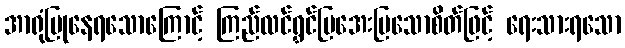
အာရုံပြုနေရသောကြောင့် ကြည်လင်ရွှင်ပြအေးမြသောစိတ်ဖြင့် ရေးသားရသော